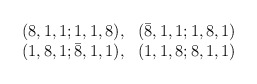
\begin{align*}\begin{array}{rr}(8,1,1;1,1,8),& ({\bar 8},1,1;1,8,1) \\(1,8,1;{\bar 8},1,1),& (1,1,8;8,1,1)\end{array}\end{align*}